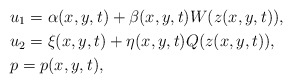
\begin{align*}& u_{1}=\alpha(x,y,t)+\beta(x,y,t)W(z(x,y,t)),\\& u_{2}=\xi(x,y,t)+\eta(x,y,t)Q(z(x,y,t)),\\& p=p(x,y,t),\end{align*}